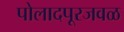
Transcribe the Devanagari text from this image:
पोलादपूरजवळ